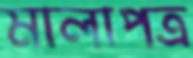
মালাপত্র